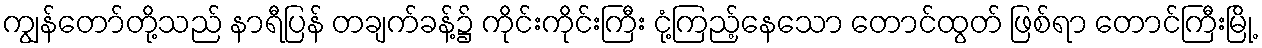
ကျွန်တော်တို့သည် နာရီပြန် တချက်ခန့်၌ ကိုင်းကိုင်းကြီး ငုံ့ကြည့်နေသော တောင်ထွတ် ဖြစ်ရာ တောင်ကြီးမြို့